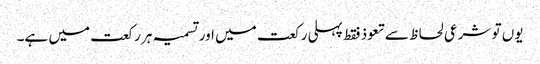
یوں تو شرعی لحاظ سے تعوذ فقط پہلی رکعت میں اور تسمیہ ہر رکعت میں ہے۔